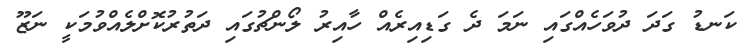
ކަނޑު ގަދަ ދުވަހެއްގައި ނަމަ ދެ ގަޑިއިރެއް ހާއިރު ލޯންޗުގައި ދަތުރުކޮށްލެއްވުމަކީ ނަޒޫ